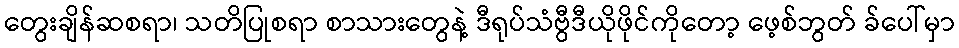
တွေးချိန်ဆစရာ၊ သတိပြုစရာ စာသားတွေနဲ့ ဒီရုပ်သံဗွီဒီယိုဖိုင်ကိုတော့ ဖေ့စ်ဘွတ် ခ်ပေါ်မှာ